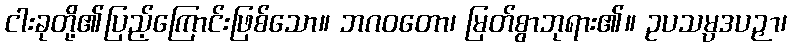
ငါးခုတို့၏ပြည့်ကြောင်းဖြစ်သော။ ဘဂဝတော၊ မြတ်စွာဘုရား၏။ ဥပသမ္ပဒပဉှာ၊